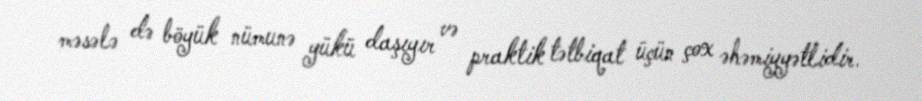
məsələ də böyük nümunə yükü daşıyır və praktik tətbiqat üçün çox əhəmiyyətlidir.